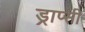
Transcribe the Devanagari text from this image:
ड्राप्सी